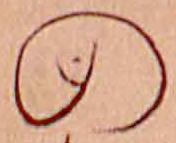
の